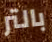
بالتر